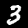
Digit: 3